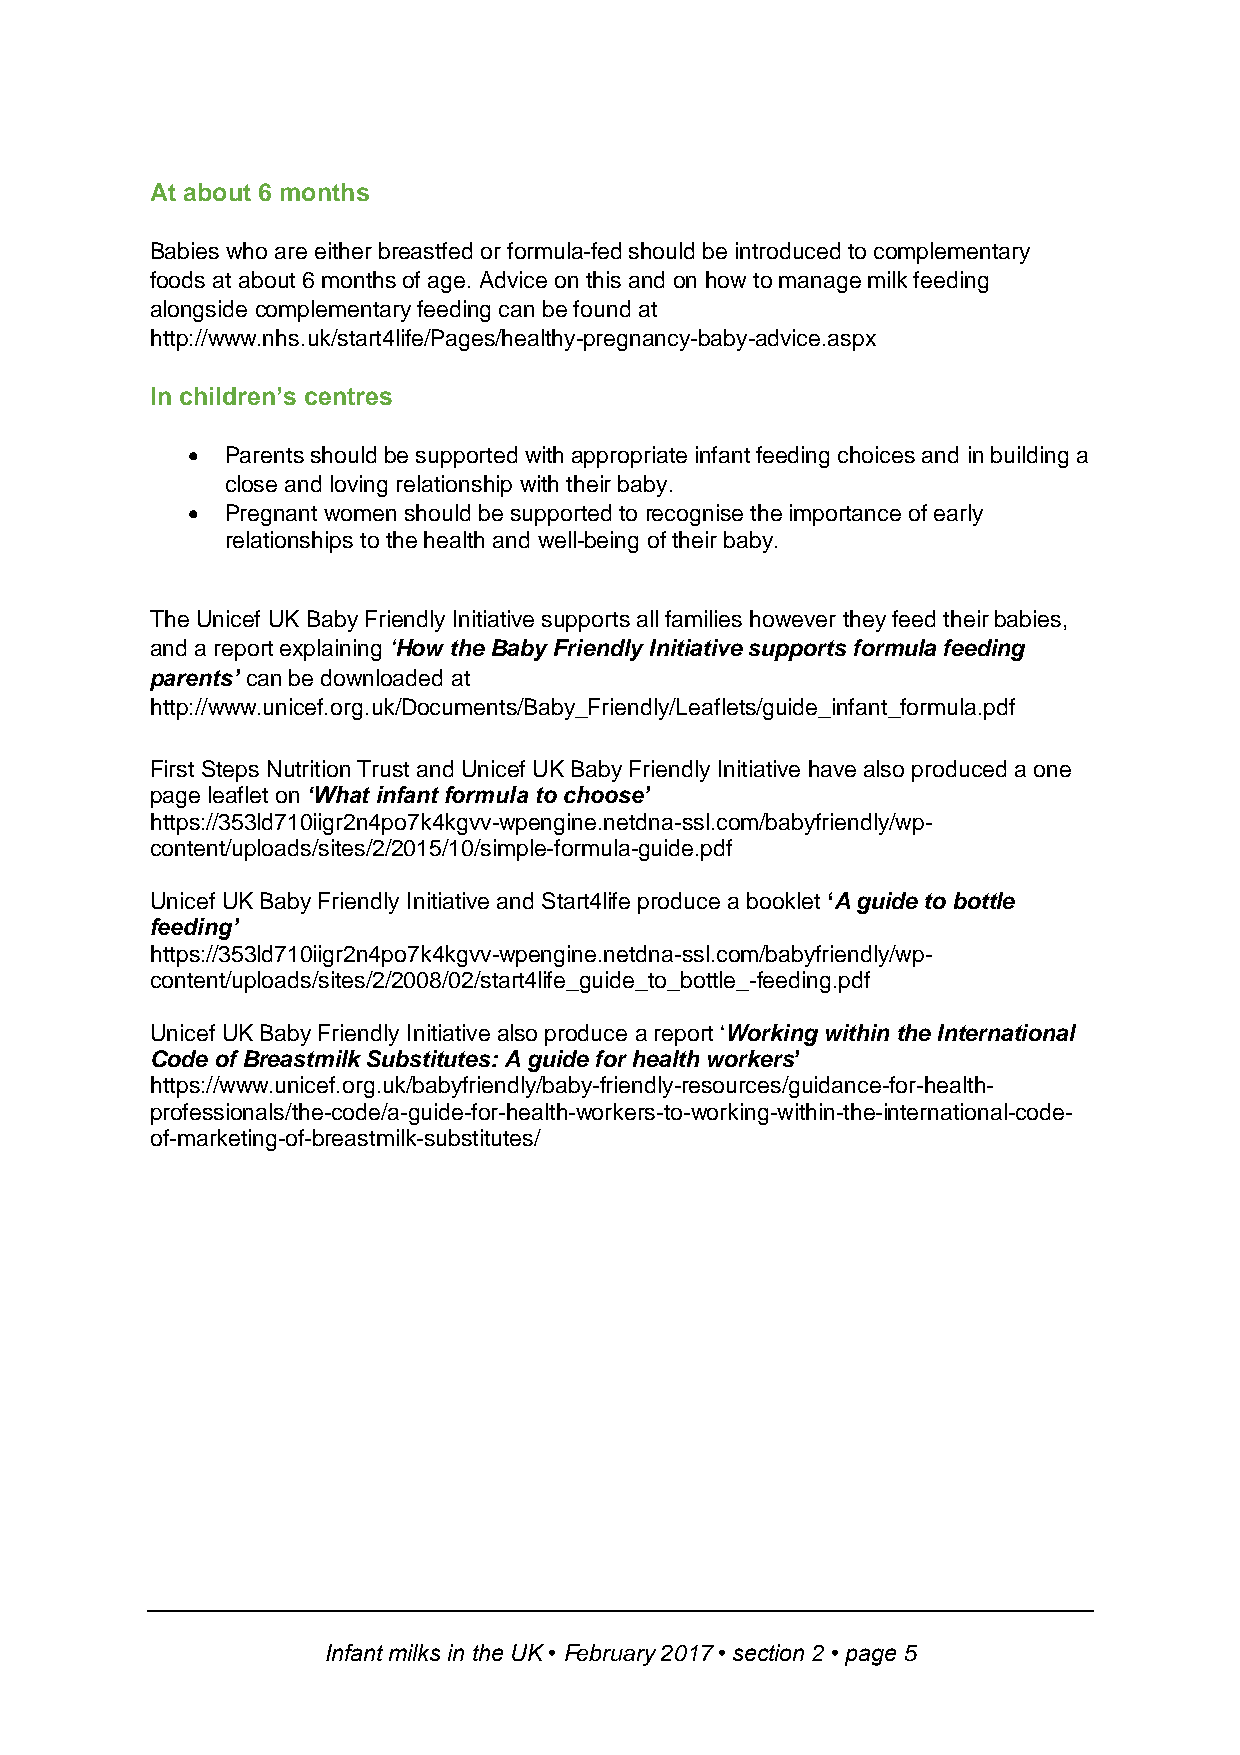
At about 6 months
 Babies who are either breastfed or formula-fed should be introduced to complementary
 foods at about 6 months of age. Advice on this and on how to manage milk feeding
 alongside complementary feeding can be found at
 http://www.nhs.uk/start4life/Pages/healthy-pregnancy-baby-advice.aspx
 In children’s centres
   Parents should be supported with appropriate infant feeding choices and in building a
 close and loving relationship with their baby.
   Pregnant women should be supported to recognise the importance of early
 relationships to the health and well-being of their baby.
 The Unicef UK Baby Friendly Initiative supports all families however they feed their babies,
 and a report explaining ‘How the Baby Friendly Initiative supports formula feeding
 parents’ can be downloaded at
 http://www.unicef.org.uk/Documents/Baby_Friendly/Leaflets/guide_infant_formula.pdf
 First Steps Nutrition Trust and Unicef UK Baby Friendly Initiative have also produced a one
 page leaflet on ‘What infant formula to choose’
 https://353ld710iigr2n4po7k4kgvv-wpengine.netdna-ssl.com/babyfriendly/wp-
 content/uploads/sites/2/2015/10/simple-formula-guide.pdf
 Unicef UK Baby Friendly Initiative and Start4life produce a booklet ‘A guide to bottle
 feeding’
 https://353ld710iigr2n4po7k4kgvv-wpengine.netdna-ssl.com/babyfriendly/wp-
 content/uploads/sites/2/2008/02/start4life_guide_to_bottle_-feeding.pdf
 Unicef UK Baby Friendly Initiative also produce a report ‘Working within the International
 Code of Breastmilk Substitutes: A guide for health workers’
 https://www.unicef.org.uk/babyfriendly/baby-friendly-resources/guidance-for-health-
 professionals/the-code/a-guide-for-health-workers-to-working-within-the-international-code-
 of-marketing-of-breastmilk-substitutes/
 Infant milks in the UK • February 2017 • section 2 • page 5